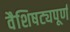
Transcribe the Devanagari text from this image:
वैशिषट्यपूर्ण